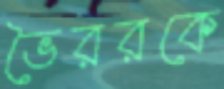
ভৈররকে